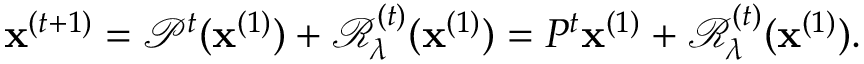
\mathbf { x } ^ { ( t + 1 ) } = \mathcal { P } ^ { t } ( \mathbf { x } ^ { ( 1 ) } ) + \mathcal { R } _ { \lambda } ^ { ( t ) } ( \mathbf { x } ^ { ( 1 ) } ) = P ^ { t } \mathbf { x } ^ { ( 1 ) } + \mathcal { R } _ { \lambda } ^ { ( t ) } ( \mathbf { x } ^ { ( 1 ) } ) .